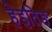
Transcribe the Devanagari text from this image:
हेइतिङ